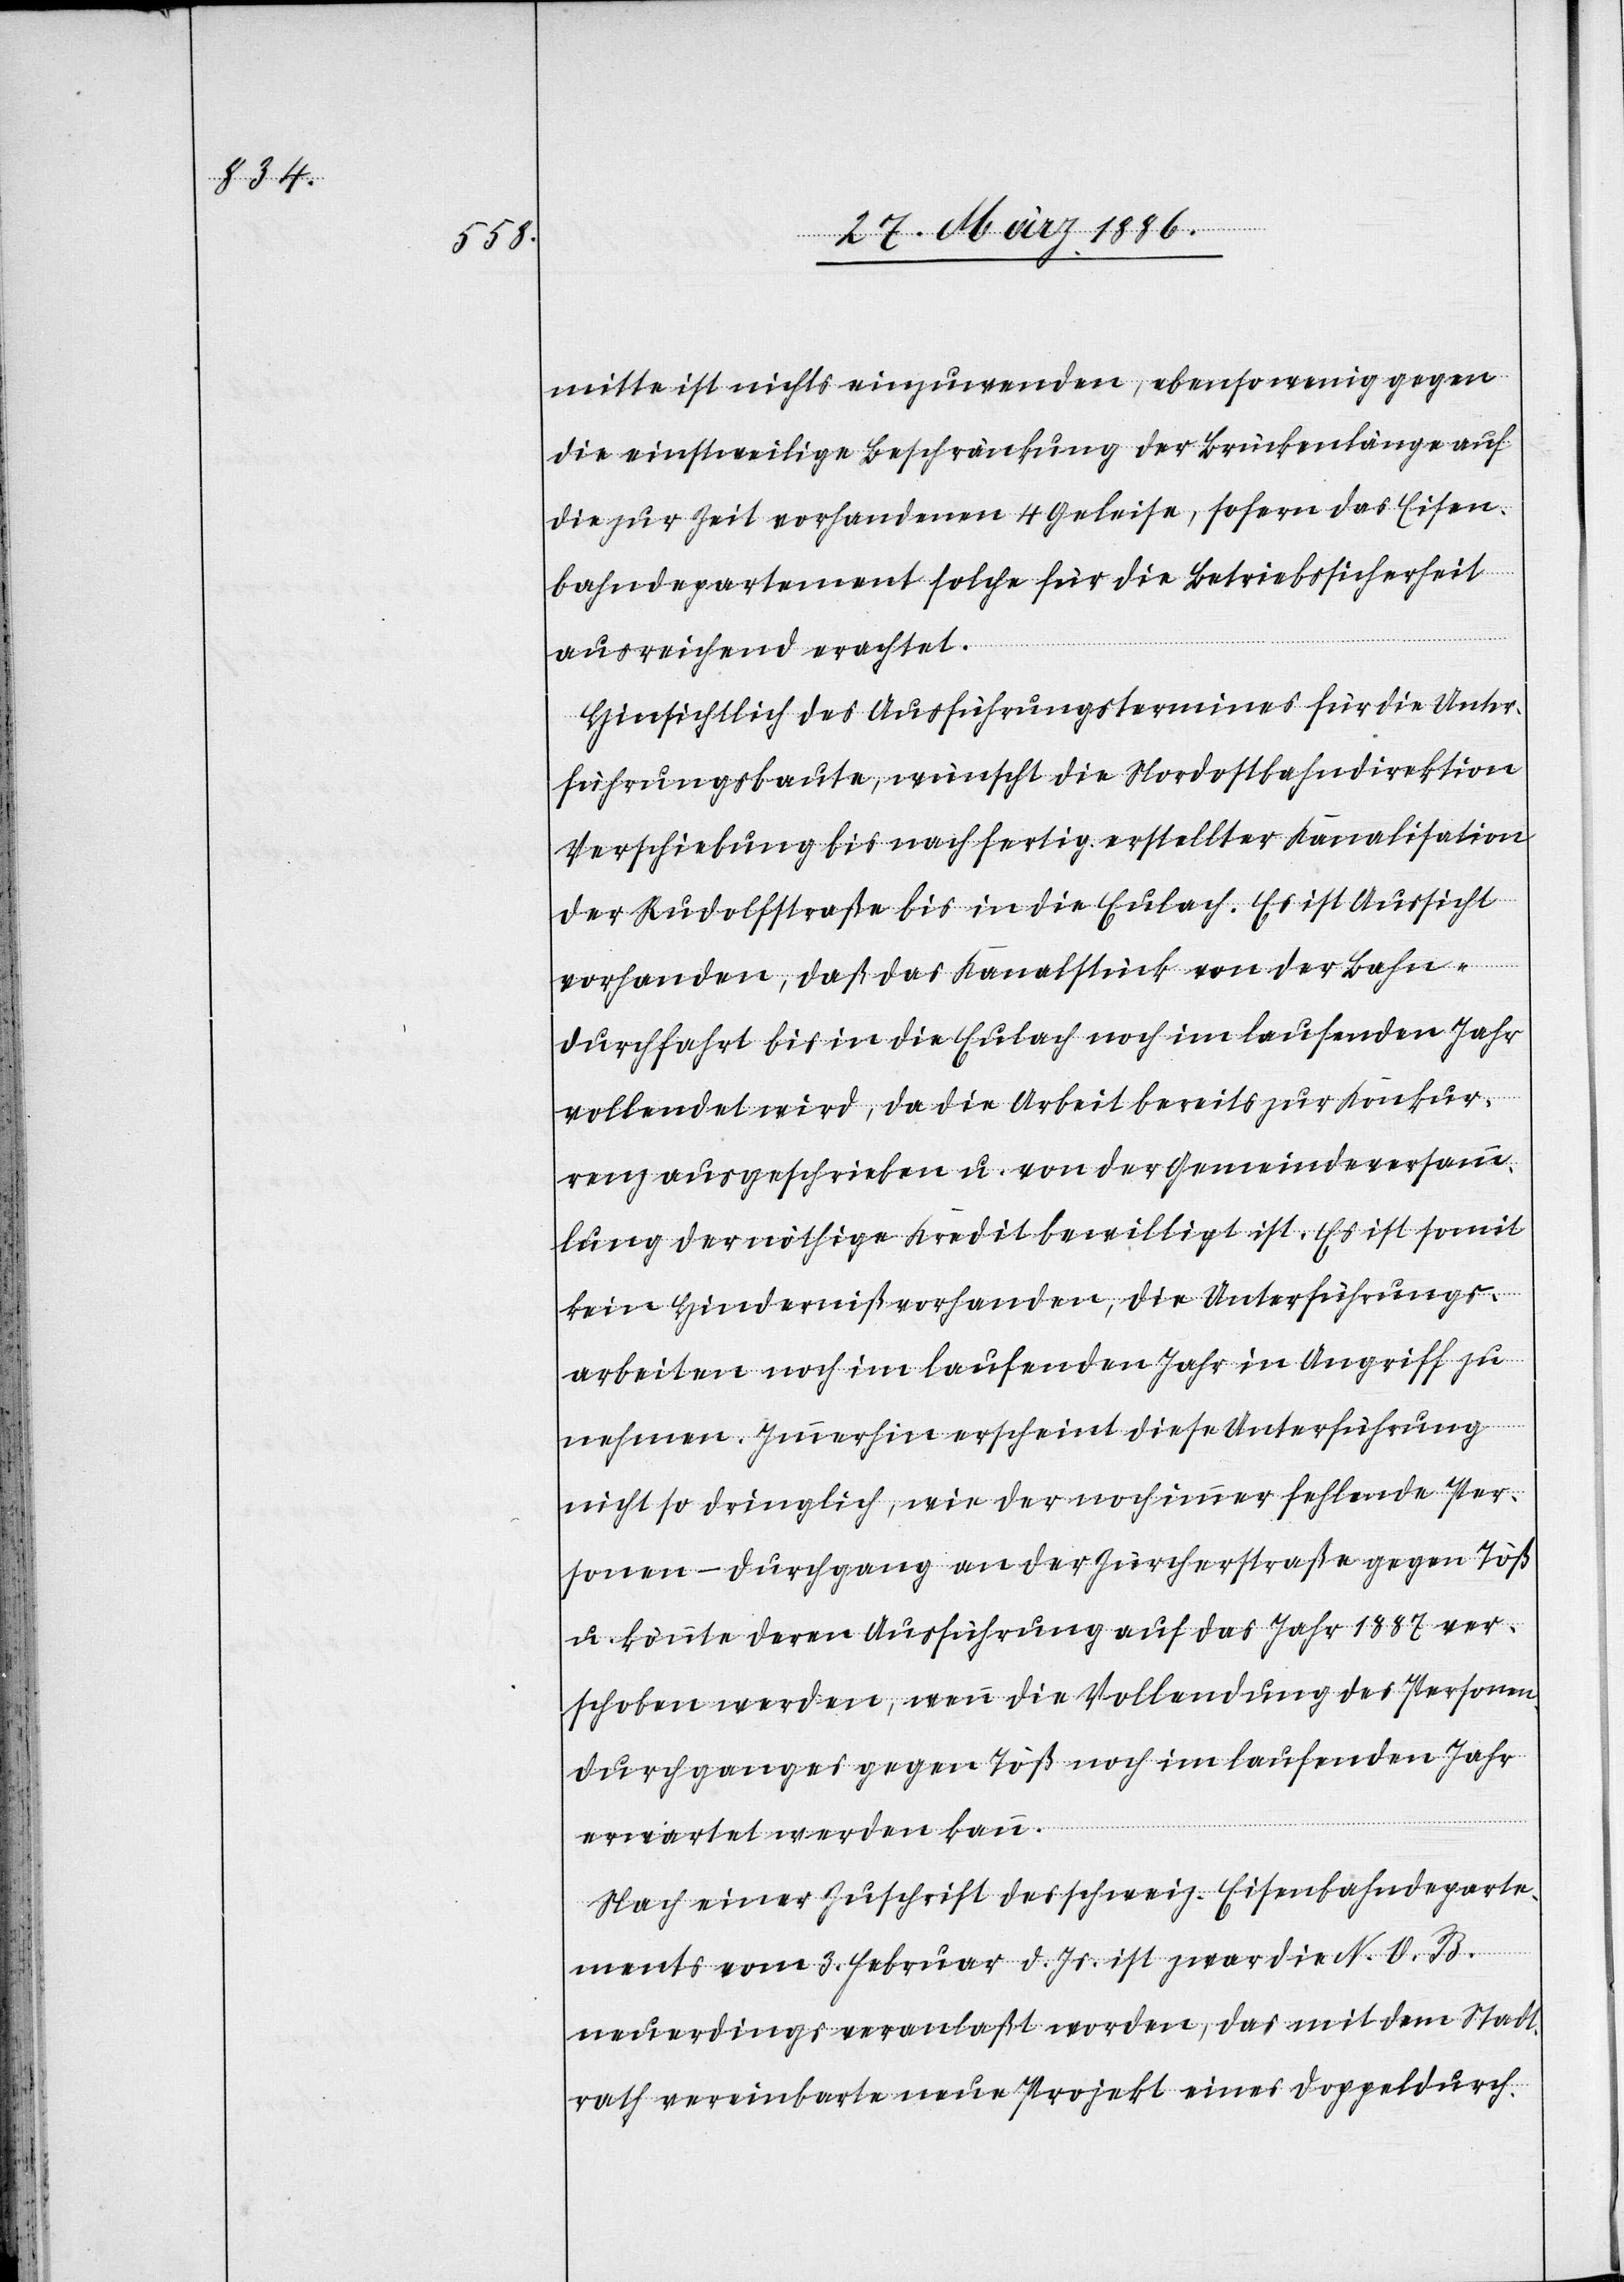
mitte ist nichts einzuwenden, ebenso wenig gegen
die einstweilige Beschränkung der Brückenlänge auf
die zur Zeit vorhandenen 4 Geleise, sofern das Eisen¬
bahndepartement solche für die Betriebssicherheit
ausreichend erachtet.
Hinsichtlich des Ausführungstermines für die Unter¬
führungsbaute, wünscht die Nordostbahndirektion
Verschiebung bis nach fertig erstellter Kanalisation
der Rudolfstraße bis in die Eulach. Es ist Aussicht
vorhanden, daß das Kanalstück von der Bahn¬
durchfahrt bis in die Eulach noch im laufenden Jahr
vollendet wird, da die Arbeit bereits zur Konkur¬
renz ausgeschrieben u. von der Gemeindeversamm¬
lung der nöthige Kredit bewilligt ist. Es ist somit
kein Hinderniß vorhanden, die Unterführungs¬
arbeiten noch im laufenden Jahr in Angriff zu
nehmen. Immerhin erscheint diese Unterführung
nicht so dringlich, wie der noch immer fehlende Per¬
sonen-Durchgang an der Zürcherstraße gegen Töß
u. könnte deren Ausführung auf das Jahr 1887 ver¬
schoben werden, wenn die Vollendung des Personen¬
durchganges gegen Töß noch im laufenden Jahr
erwartet werden kann.
Nach einer Zuschrift des schweiz. Eisenbahndeparte¬
ments vom 3. Februar d. Js. ist zwar die N. O. B.
neuerdings veranlaßt worden, das mit dem Stadt¬
rath vereinbarte neue Projekt eines Doppeldurch-